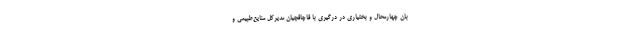
بان چهارمحال و بختیاری در درگیری با قاچاقچیان مدیرکل منایع‌طبیعی و